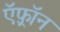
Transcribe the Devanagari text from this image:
ऍफ़्रॉन